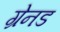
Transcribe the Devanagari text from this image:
ग्रेनड